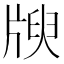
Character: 𤗝